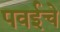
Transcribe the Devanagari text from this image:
पवईचे